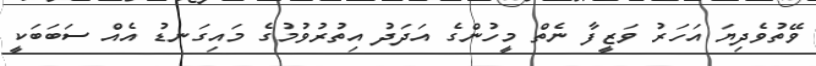
ވޭތުވެދިޔަ އަހަރު ވަޒީފާ ނެތް މީހުންގެ އަދަދު އިތުރުވުމުގެ މައިގަނޑު އެއް ސަބަބަކީ